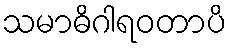
သမာဓိဂါရဝတာပိ